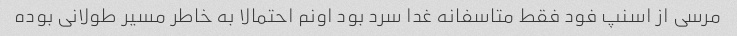
مرسی از اسنپ فود فقط متاسفانه غدا سرد بود اونم احتمالا به خاطر مسیر طولانی بوده